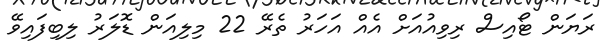
ރަޔަަން ޓޯއިސް ރިވިއުއަށް އެއް އަހަރު ތެރޭ 22 މިލިއަން ޑޮލަރު ލިބިފައިވޭ